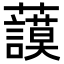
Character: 𧄲